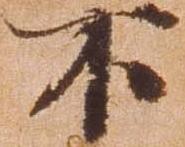
不